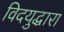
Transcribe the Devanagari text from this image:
विदयुद्धारा